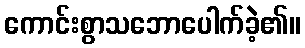
ကောင်းစွာသဘောပေါက်ခဲ့၏။